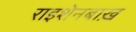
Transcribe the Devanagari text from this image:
राइशेनबाख़